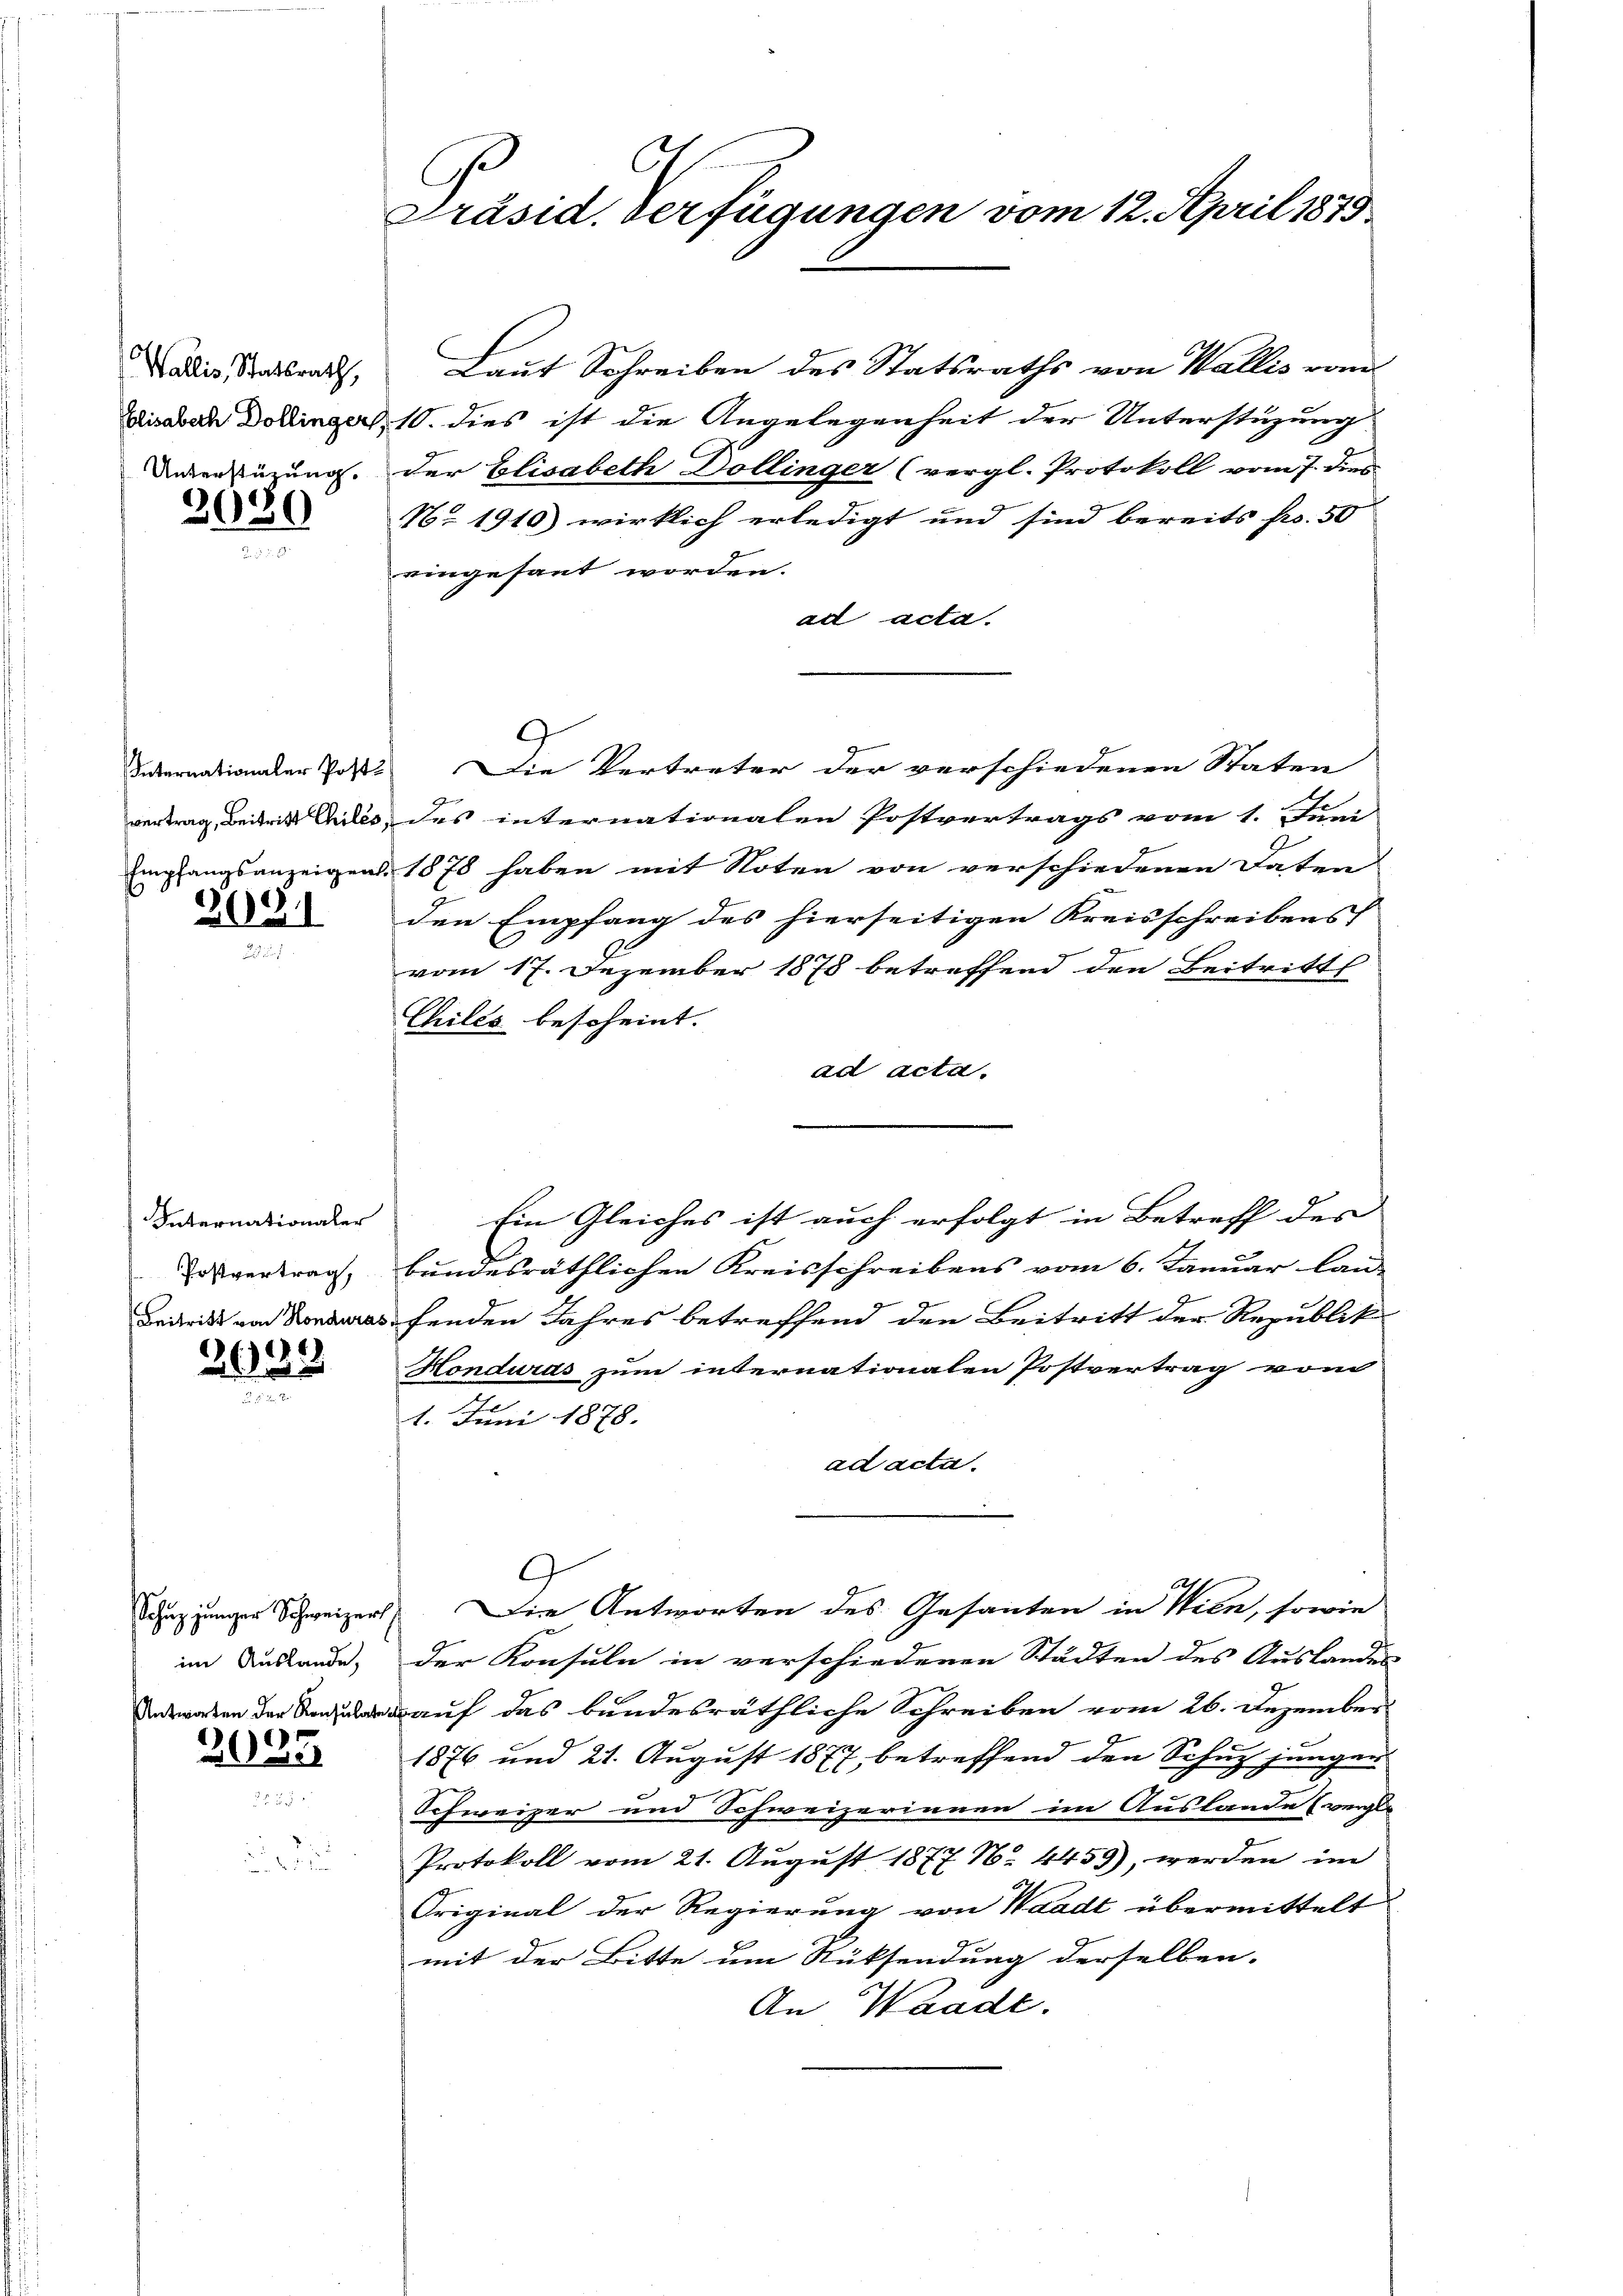
Wallis, Statsrath,
Elisabech Dollinger,
Unterstüzung.

3020

Internationaler Post
vertrag, Beitritt Chilés,
Empfangsanzeigen.

2031

Internationaler
Postvertrag,
Beitritt von Honduras

2633

Schuz junger Schweizers
im Auslande,

2035

Präsid. Verfügungen vom 12. April 1875

Laut Schreiben des Statsraths von Wallis vom
10. dies ist die Angelegenheit der Unterstüzung
der Elisabeth Dollinger (vergl. Protokoll vom 7. dies
No 1910 wirklich erledigt und sind bereits fr. 50
eingesant worden.
ad acta.
Die Vertreter der verschiedenen Staten
des internationalen Postvertrags vom 1. Juni
1878 haben mit Noten von verschiedenen Daten
den Empfang des hierseitigen Kreisschreibens
9.
vom 17. Dezember 1878 betreffend den Beitritt
Chiles bescheint.
ad acta.
Ein Gleiches ist auch erfolgt in Betreff des
bundesräthlichen Kreisschreibens vom 6. Januar lau-
fenden Jahres betreffend den Beitritt der Republik
Honduras zum internationalen Postvertrag vom
1. Juni 1878.
ad acta.
Die Antworten des Gesanten in Wien, sowie
der Konsuln in verschiedenen Städten des Auslandes
auf das bundesräthliche Schreiben vom 26. Dezember
1876 und 21. August 1877, betreffend den Schuz jungen
Schweizer und Schweizerinnen im Auslande (vergle
Protokoll vom 21. August 1877 N. 4459), werden im
Original der Regierung von Waadt übermittelt
mit der Bitte um Rücksendung derselben.
An Waadt.